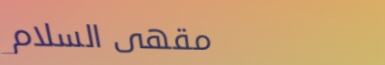
مقهى السلام